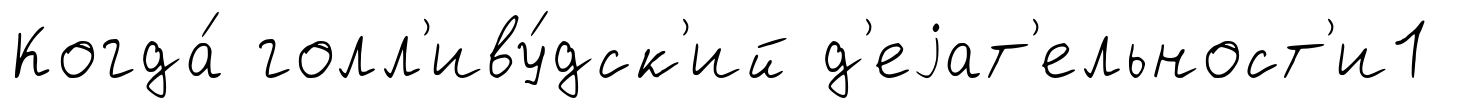
Когда́ голл'иву́дск'ий д'еjат'ельност'и1